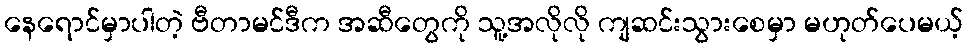
နေရောင်မှာပါတဲ့ ဗီတာမင်ဒီက အဆီတွေကို သူ့အလိုလို ကျဆင်းသွားစေမှာ မဟုတ်ပေမယ့်